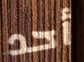
أحد